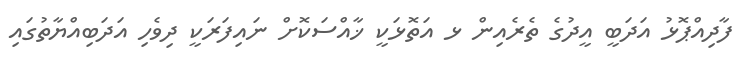
ފާދިިއްޕޮޅު އަދަބީ އީދުގެ ތެރެއިން ޅ އަތޮޅަކީ ޚާއްސަކޮށް ނައިފަރަކީ ދިވެހި އަދަބިއްޔާތުގައި